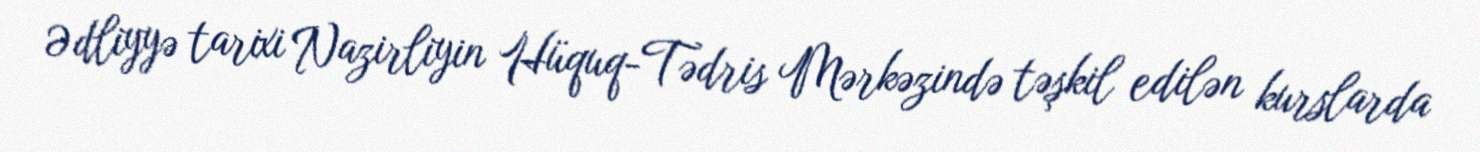
Ədliyyə tarixi Nazirliyin Hüquq-Tədris Mərkəzində təşkil edilən kurslarda